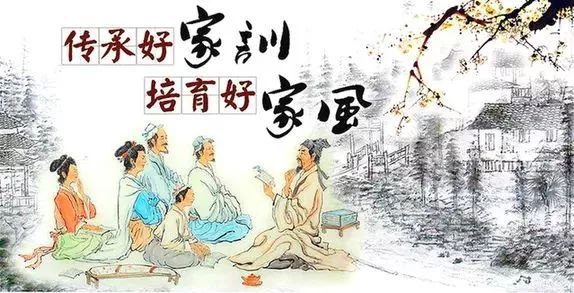
中人以上，可以语上也中人以下，不可以语上也。